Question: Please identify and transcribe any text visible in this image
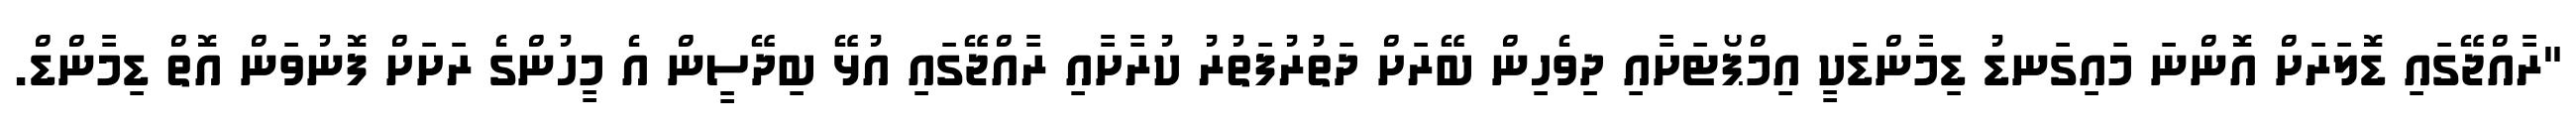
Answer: "ރާއްޖޭގައި ޑޮލަރަށް އޮންނަ މައިގަނޑު ޑިމާންޑަކީ އިމްޕޯޓަށާއި ދިވެހިން ބޭރަށް ދަތުރުފަތުރު ކުރާށާއި ރާއްޖޭގައި އުޅޭ ބިދޭސީން އެ މީހުންގެ ރަށަށް ފޮނުވަން އޮތް ޑިމާންޑް.